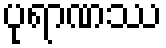
ပုရာဏဿ